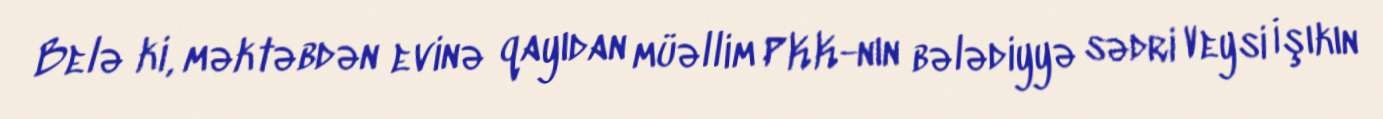
Belə ki, məktəbdən evinə qayıdan müəllim PKK-nın bələdiyyə sədri Veysi İşıkın